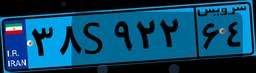
۳۸S۹۲۲۶۴